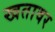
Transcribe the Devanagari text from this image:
खतावर